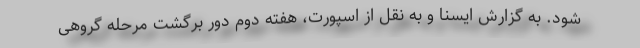
شود. به گزارش ایسنا و به نقل از اسپورت، هفته دوم دور برگشت مرحله گروهی